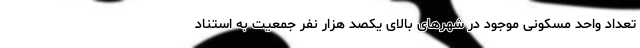
تعداد واحد مسکونی موجود در شهرهای بالای یکصد هزار نفر جمعیت به استناد